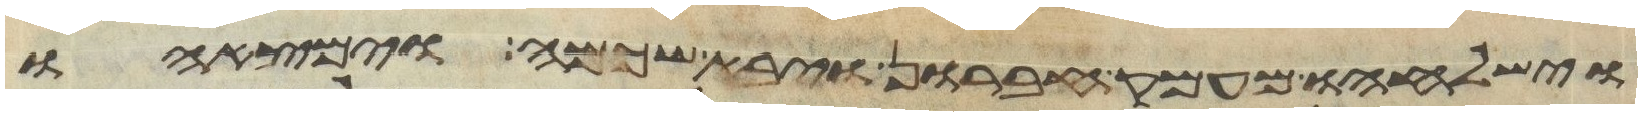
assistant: וישלחהו מעמק חברון ויבא שכמה וימצאהו